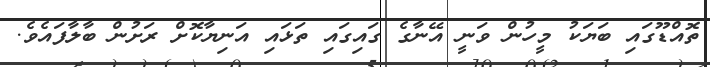
ތޮއްޑޫގައި ބަޔަކު މީހުން ވަނީ އޭނާގެ ގައިގައި ތަޅައި އަނިޔާކޮށް ރަށުން ބާލާފައެވެ.